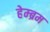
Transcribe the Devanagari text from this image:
हेम्‍ब्रम